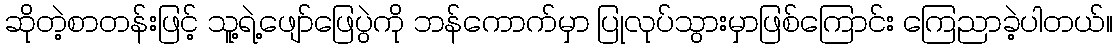
ဆိုတဲ့စာတန်းဖြင့် သူ့ရဲ့ဖျော်ဖြေပွဲကို ဘန်ကောက်မှာ ပြုလုပ်သွားမှာဖြစ်ကြောင်း ကြေညာခဲ့ပါတယ်။